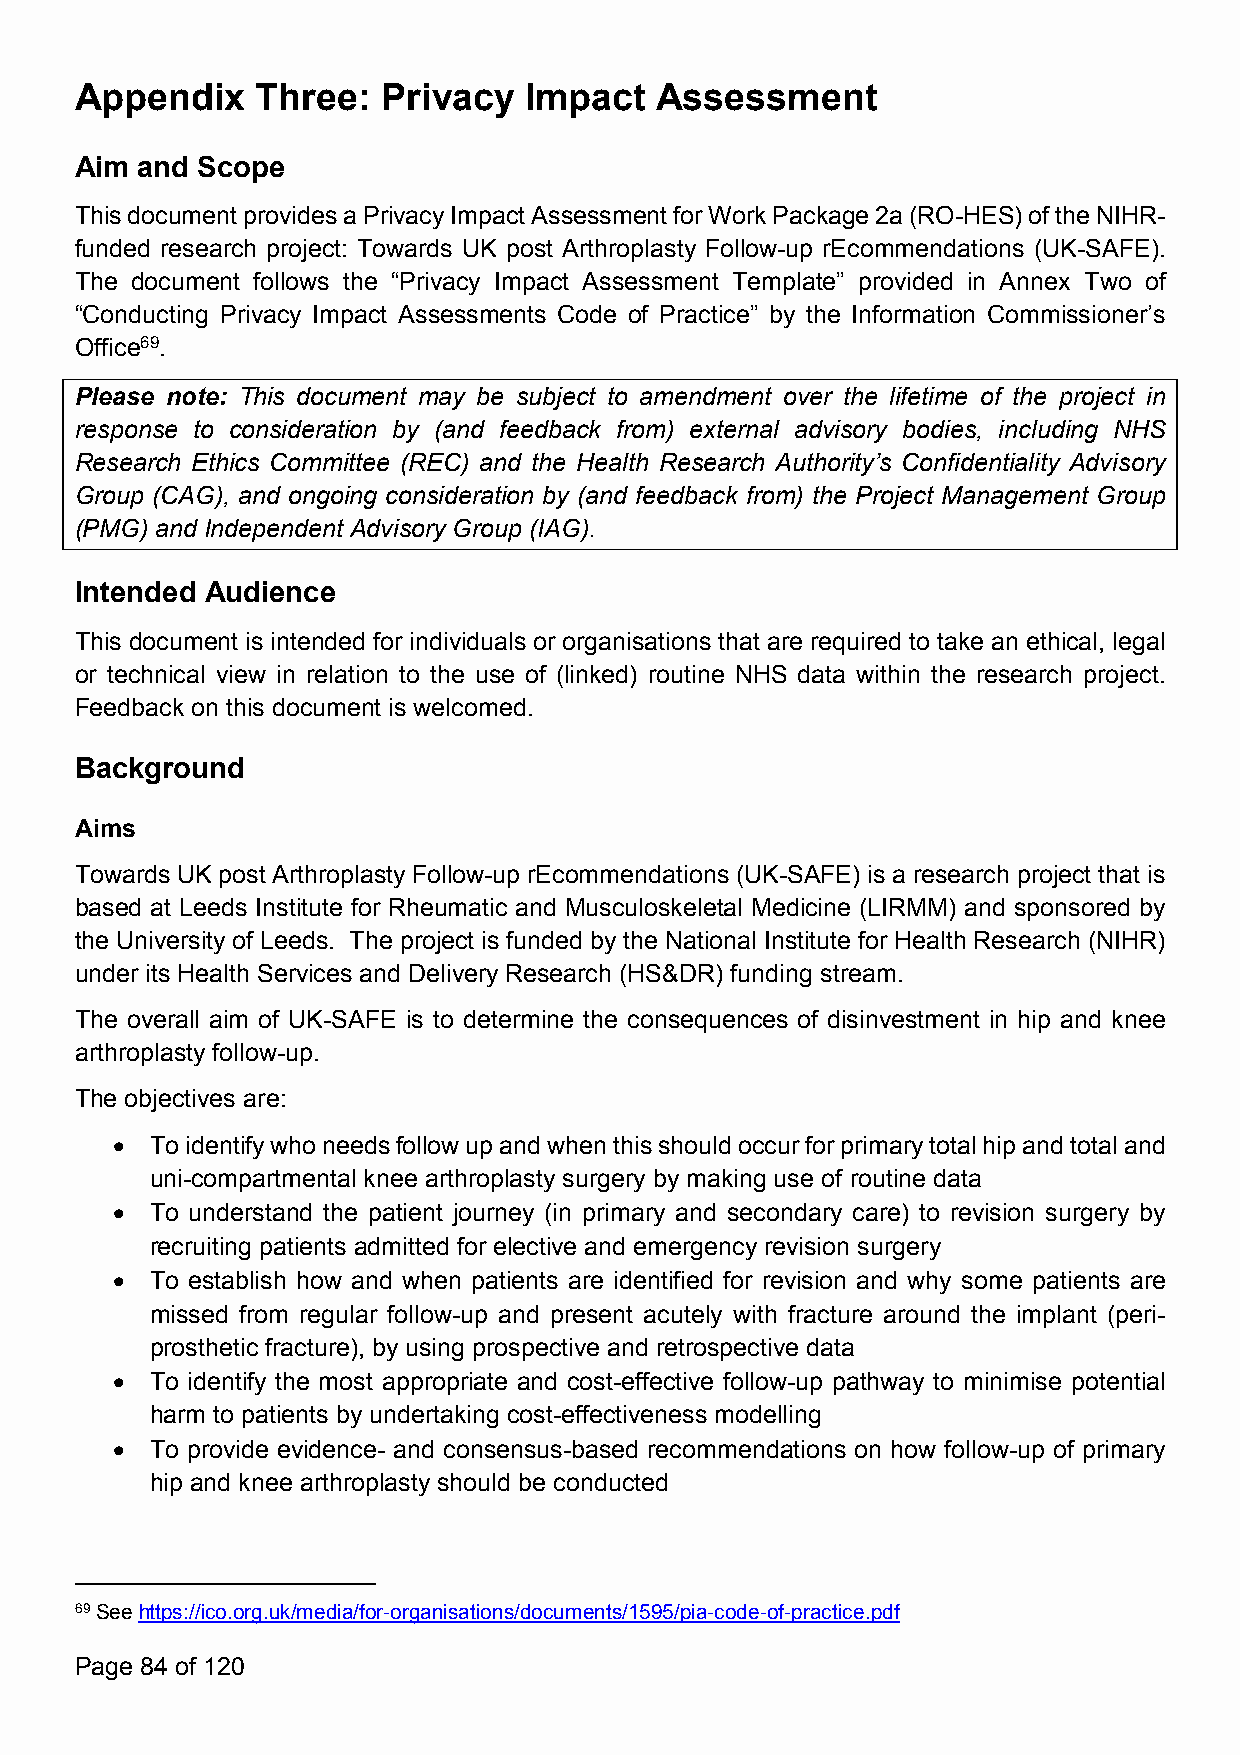
Appendix    Three:  Privacy   Impact  Assessment
 Aim and Scope
 ThisdocumentprovidesaPrivacyImpactAssessmentforWorkPackage2a(RO-HES)oftheNIHR-
 funded research project: Towards UK post Arthroplasty Follow-up rEcommendations (UK-SAFE).
 The document follows the “Privacy Impact Assessment Template” provided in Annex Two of
 “Conducting Privacy Impact Assessments Code of Practice” by the Information Commissioner’s
 Office69.
 Please note: This document may be subject to amendment over the lifetime of the project in
 response to consideration by (and feedback from) external advisory bodies, including NHS
 Research Ethics Committee (REC) and the Health Research Authority’s Confidentiality Advisory
 Group (CAG), and ongoing consideration by (and feedback from) the Project Management Group
 (PMG) and Independent Advisory Group (IAG).
 Intended Audience
 This document is intended for individuals or organisations that are required to take an ethical, legal
 or technical view in relation to the use of (linked) routine NHS data within the research project.
 Feedback on this document is welcomed.
 Background
 Aims
 Towards UK post Arthroplasty Follow-up rEcommendations (UK-SAFE) is a research project that is
 based at Leeds Institute for Rheumatic and Musculoskeletal Medicine (LIRMM) and sponsored by
 the University of Leeds. The project is funded by the National Institute for Health Research (NIHR)
 under its Health Services and Delivery Research (HS&DR) funding stream.
 The overall aim of UK-SAFE is to determine the consequences of disinvestment in hip and knee
 arthroplasty follow-up.
 The objectives are:
   Toidentifywhoneedsfollowupandwhenthisshouldoccurforprimarytotalhipandtotaland
 uni-compartmental knee arthroplasty surgery by making use of routine data
   To understand the patient journey (in primary and secondary care) to revision surgery by
 recruiting patients admitted for elective and emergency revision surgery
   To establish how and when patients are identified for revision and why some patients are
 missed from regular follow-up and present acutely with fracture around the implant (peri-
 prosthetic fracture), by using prospective and retrospective data
   To identify the most appropriate and cost-effective follow-up pathway to minimise potential
 harm to patients by undertaking cost-effectiveness modelling
   To provide evidence- and consensus-based recommendations on how follow-up of primary
 hip and knee arthroplasty should be conducted
 69Seehttps://ico.org.uk/media/for-organisations/documents/1595/pia-code-of-practice.pdf
 Page 84 of 120